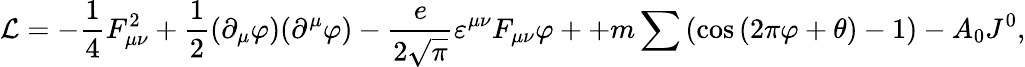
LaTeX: {\cal L}=-\frac{1}{4}F_{\mu\nu}^{2}+\frac{1}{2}(\partial_{\mu}\varphi)(\partial^{\mu}\varphi)-\frac{e}{{2\sqrt\pi}}\varepsilon^{\mu\nu}F_{\mu\nu}\varphi++m\sum\left({\cos\left({2\pi\varphi+\theta}\right)-1}\right)-A_{0}J^{0},